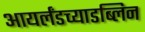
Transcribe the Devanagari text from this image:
आयर्लंडच्याडब्लिन